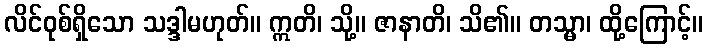
လိင်ဝုစ်ရှိသော သဒ္ဒါမဟုတ်။ ဣတိ၊ သို့။ ဇာနာတိ၊ သိ၏။ တသ္မာ၊ ထို့ကြောင့်။